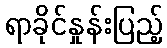
ရာခိုင်နှုန်းပြည့်